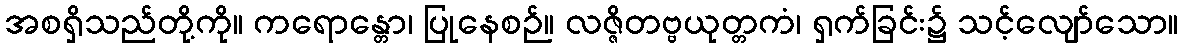
အစရှိသည်တို့ကို။ ကရောန္တော၊ ပြုနေစဉ်။ လဇ္ဇိတဗ္ဗယုတ္တကံ၊ ရှက်ခြင်း၌ သင့်လျော်သော။